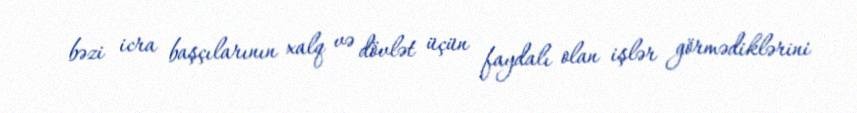
bəzi icra başçılarının xalq və dövlət üçün faydalı olan işlər görmədiklərini